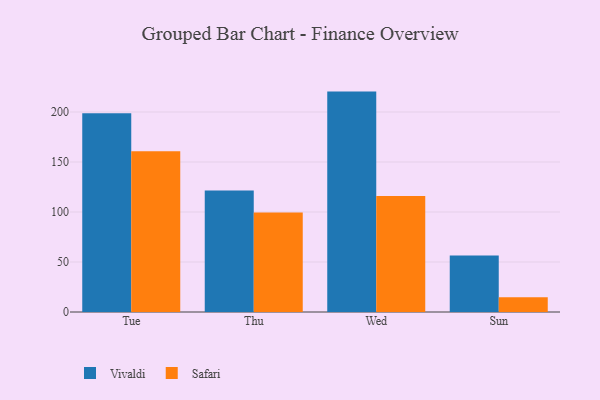
{"axis": {"x": "Day", "y": "Conversion Rate (%)"}, "legend": ["Safari", "Vivaldi"], "data": [{"x": "Tue", "y": 198.7, "type": "Vivaldi"}, {"x": "Tue", "y": 160.8, "type": "Safari"}, {"x": "Thu", "y": 121.6, "type": "Vivaldi"}, {"x": "Thu", "y": 99.6, "type": "Safari"}, {"x": "Wed", "y": 220.4, "type": "Vivaldi"}, {"x": "Wed", "y": 116.0, "type": "Safari"}, {"x": "Sun", "y": 56.6, "type": "Vivaldi"}, {"x": "Sun", "y": 14.8, "type": "Safari"}]}